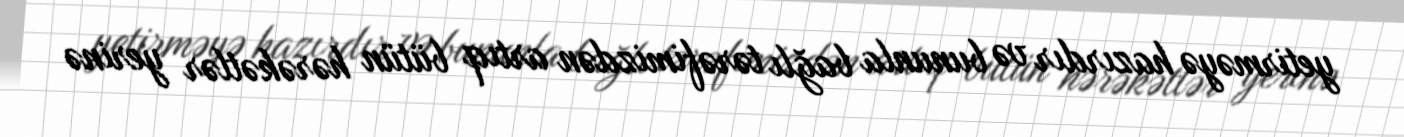
yetirməyə hazırdır və bununla bağlı tərəfimizdən artıq bütün hərəkətlər yerinə